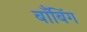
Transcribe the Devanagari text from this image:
बाँबिंग